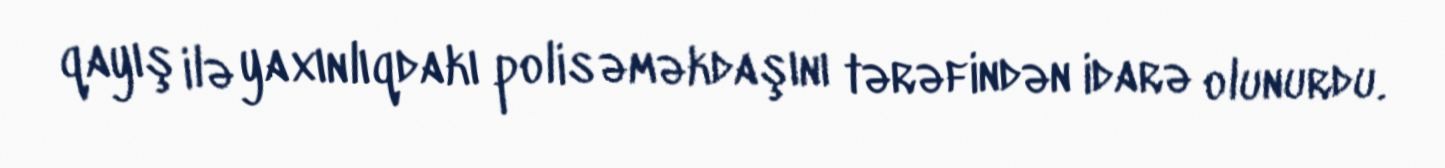
qayış ilə yaxınlıqdakı polis əməkdaşını tərəfindən idarə olunurdu.